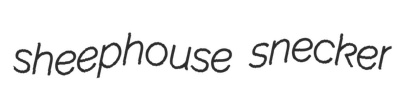
sheephouse snecker